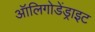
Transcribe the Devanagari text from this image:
ऑलिगोडेंड्राइट